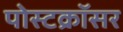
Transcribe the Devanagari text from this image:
पोस्टक्रॉसर